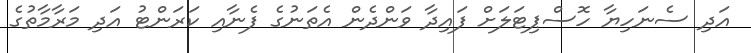
އަދި ސެނަހިޔާ ހޮސްޕިޓަލަށް ފައިދާ ވަންދެން އެތަނުގެ ފެނާއި ކަރަންޓު އަދި މަރާމާތުގެ